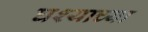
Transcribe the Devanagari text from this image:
घश्याच्या